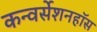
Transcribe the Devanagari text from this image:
कन्वर्सेशनहॉस